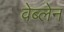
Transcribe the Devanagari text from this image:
वेब्लेन